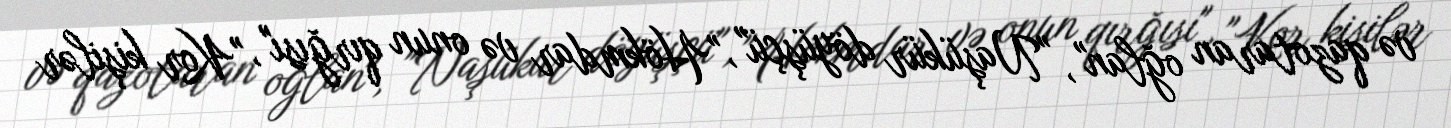
və qazotaran oğlan", "Naşükür döyüşçü", "Hökmdar və onun qırğısı", "Kor kişilər